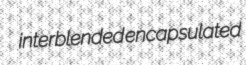
interblended encapsulated